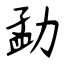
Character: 勐